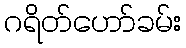
ဂရိတ်ဟော်ခမ်း